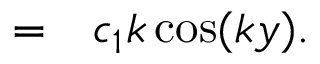
\begin{array} { r l } { = } & { { } c _ { 1 } k \cos ( k y ) . } \end{array}